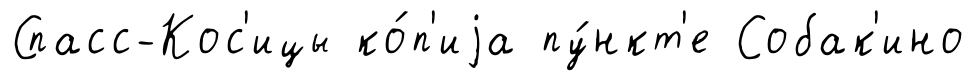
Спасс-Кос'ицы ко́п'иjа пу́нкт'е Собак'ино